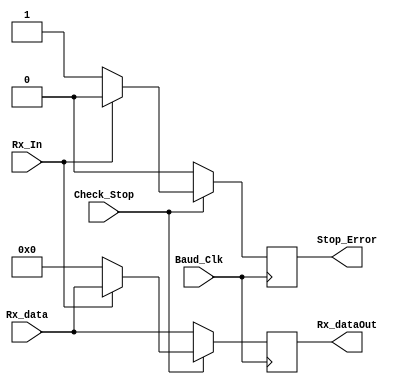
`timescale 1ns / 1ps
//////////////////////////////////////////////////////////////////////////////////
// Company: 
// Engineer: 
// 
// Design Name: 
// Module Name:    Stop_Bit_Detector 
// Project Name: 
// Target Devices: 
// Tool versions: 
// Description: 
//
// Dependencies: 
//
// Revision: 
// Revision 0.01 - File Created
// Additional Comments: 
//
//////////////////////////////////////////////////////////////////////////////////
module Stop_Bit_Detector(Stop_Error, Rx_dataOut, Check_Stop, Rx_In, Rx_data, Baud_Clk);

output reg Stop_Error;
output reg [31:0]Rx_dataOut;
input Rx_In, Check_Stop, Baud_Clk;
input [31:0]Rx_data;
reg [2:0]count = 0;

always@(posedge Baud_Clk)
begin
	if(Check_Stop)
	begin
		if(Rx_In)
		begin
			if(count == 15)
			begin
				count <= 0; Stop_Error <= 0;
				Rx_dataOut <= Rx_data;
			end
			else
			begin
				count <= count + 1;
				Stop_Error <= 0;
				Rx_dataOut <= Rx_data;
			end
		end
		else
		begin
			Stop_Error <= 1;
			Rx_dataOut <= 32'h0000;
		end
	end
	else
	begin
		Stop_Error <= 0;
		Rx_dataOut <= Rx_data;
	end
end	
endmodule